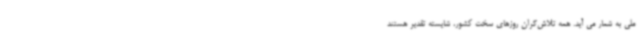
ملی به شمار می آید. همه تلاش‌گران روزهای سخت کشور، شایسته تقدیر هستند